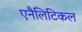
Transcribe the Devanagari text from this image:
एनैलिटिकल